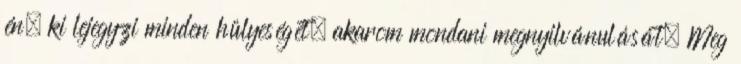
én, ki lejegyzi minden hülyeségét, akarom mondani megnyilvánulását. Meg